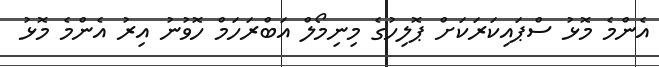
އެންމެ މޮޅު ސްޕައިކަރަކަށް ޕޮލިހުގެ މިނިމޯލް އަބްރަހަމް ހޮވުނު އިރު އެންމެ މޮޅު